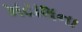
ખટાશના